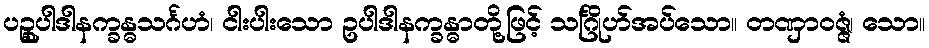
ပဉ္စုပါဒါနက္ခန္ဓသင်္ဂဟံ၊ ငါးပါးသော ဥပါဒါနက္ခန္ဓာတို့ဖြင့် သင်္ဂြိုဟ်အပ်သော။ တဏှာဝဇ္ဇံ၊ သော။